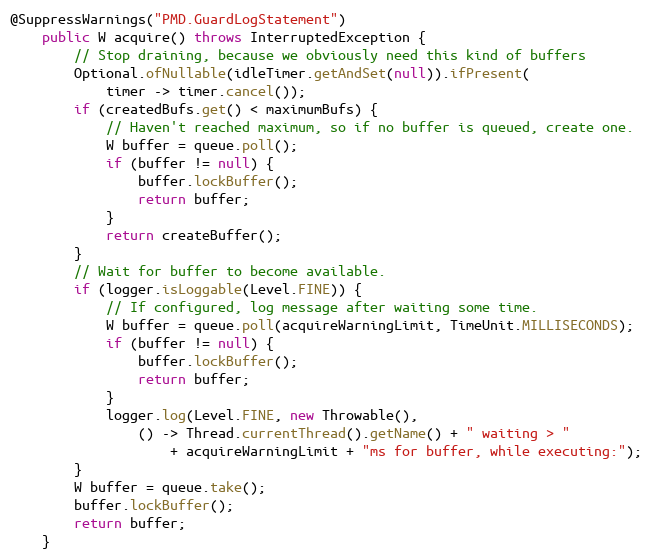
Language: Java
@SuppressWarnings("PMD.GuardLogStatement")
    public W acquire() throws InterruptedException {
        // Stop draining, because we obviously need this kind of buffers
        Optional.ofNullable(idleTimer.getAndSet(null)).ifPresent(
            timer -> timer.cancel());
        if (createdBufs.get() < maximumBufs) {
            // Haven't reached maximum, so if no buffer is queued, create one.
            W buffer = queue.poll();
            if (buffer != null) {
                buffer.lockBuffer();
                return buffer;
            }
            return createBuffer();
        }
        // Wait for buffer to become available.
        if (logger.isLoggable(Level.FINE)) {
            // If configured, log message after waiting some time.
            W buffer = queue.poll(acquireWarningLimit, TimeUnit.MILLISECONDS);
            if (buffer != null) {
                buffer.lockBuffer();
                return buffer;
            }
            logger.log(Level.FINE, new Throwable(),
                () -> Thread.currentThread().getName() + " waiting > "
                    + acquireWarningLimit + "ms for buffer, while executing:");
        }
        W buffer = queue.take();
        buffer.lockBuffer();
        return buffer;
    }